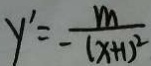
y ^ { \prime } = - \frac { m } { ( x + 1 ) ^ { 2 } }